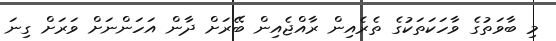
މި ބާވަތުގެ ވާހަކަތަކުގެ ތެރެއިން ރާއްޖެއިން ބޭރަށް ދާން އަހަންނަށް ވަރަށް ގިނަ